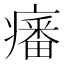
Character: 𤺏